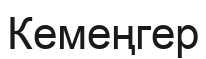
Кемеңгер